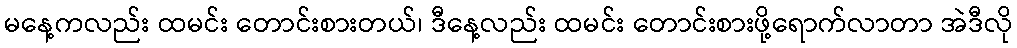
မနေ့ကလည်း ထမင်း တောင်းစားတယ်၊ ဒီနေ့လည်း ထမင်း တောင်းစားဖို့ရောက်လာတာ အဲဒီလို